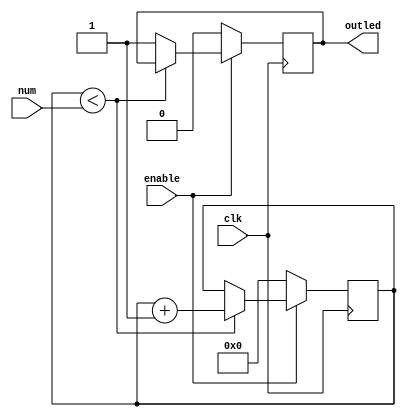
module lighter(clk,enable, num, outled);

input clk;
input [7:0] num;
input enable;
output reg outled;

reg [7:0] i = 8'h00;


always@(posedge clk)
	begin
		if (enable) begin
			if( i < num) begin
				i = i+1;
			end
			else begin
				outled = 1;
			end
		end
		else begin
			i = 0;
			outled = 0;
		end
	end
endmodule